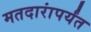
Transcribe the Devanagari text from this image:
मतदारांपर्यंत